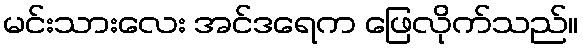
မင်းသားလေး အင်ဒရေက ဖြေလိုက်သည်။